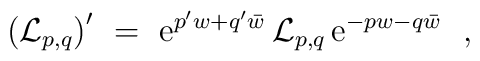
\left( {\cal L} _{p,q} \right) ^{\prime} \ =\       {\rm e}^{p ^{\prime}w+q ^{\prime}\bar w}      \, {\cal L} _{p,q} \,      {\rm e}^{-p w-q \bar w} \ \ ,